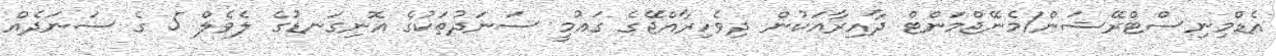
އެޑްމިނިސްޓްރޭޝަން/މެނޭޖްމަންޓް ދާއިރާއަކުން ދިވެހިރާއްޖޭގެ ގައުމީ ސަނަދުތަކުގެ އޮނިގަނޑުގެ ލެވެލް 5 ގެ ސަނަދެއް